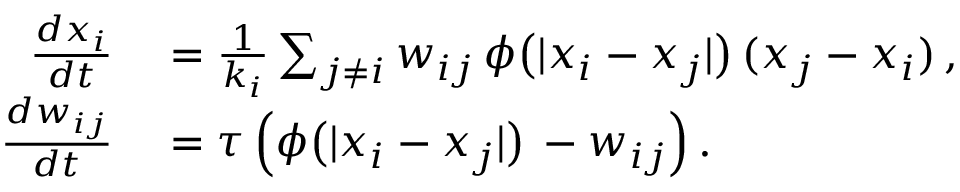
\begin{array} { r l } { \frac { d x _ { i } } { d t } } & { { } = \frac { 1 } { k _ { i } } \sum _ { j \neq i } w _ { i j } \, \phi \big ( | x _ { i } - x _ { j } | \big ) \, ( x _ { j } - x _ { i } ) \, , } \\ { \frac { d w _ { i j } } { d t } } & { { } = \tau \, \Big ( \phi \big ( | x _ { i } - x _ { j } | \big ) \, - w _ { i j } \Big ) \, . } \end{array}